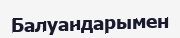
Балуандарымен